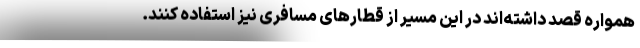
همواره قصد داشته‌اند در این مسیر از قطارهای مسافری نیز استفاده کنند.